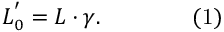
L _ { 0 } ^ { ' } = L \cdot \gamma . \qquad \qquad { \mathrm { ( 1 ) } }